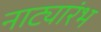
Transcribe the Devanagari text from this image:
नाट्यारंभ